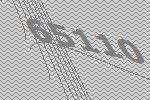
65110